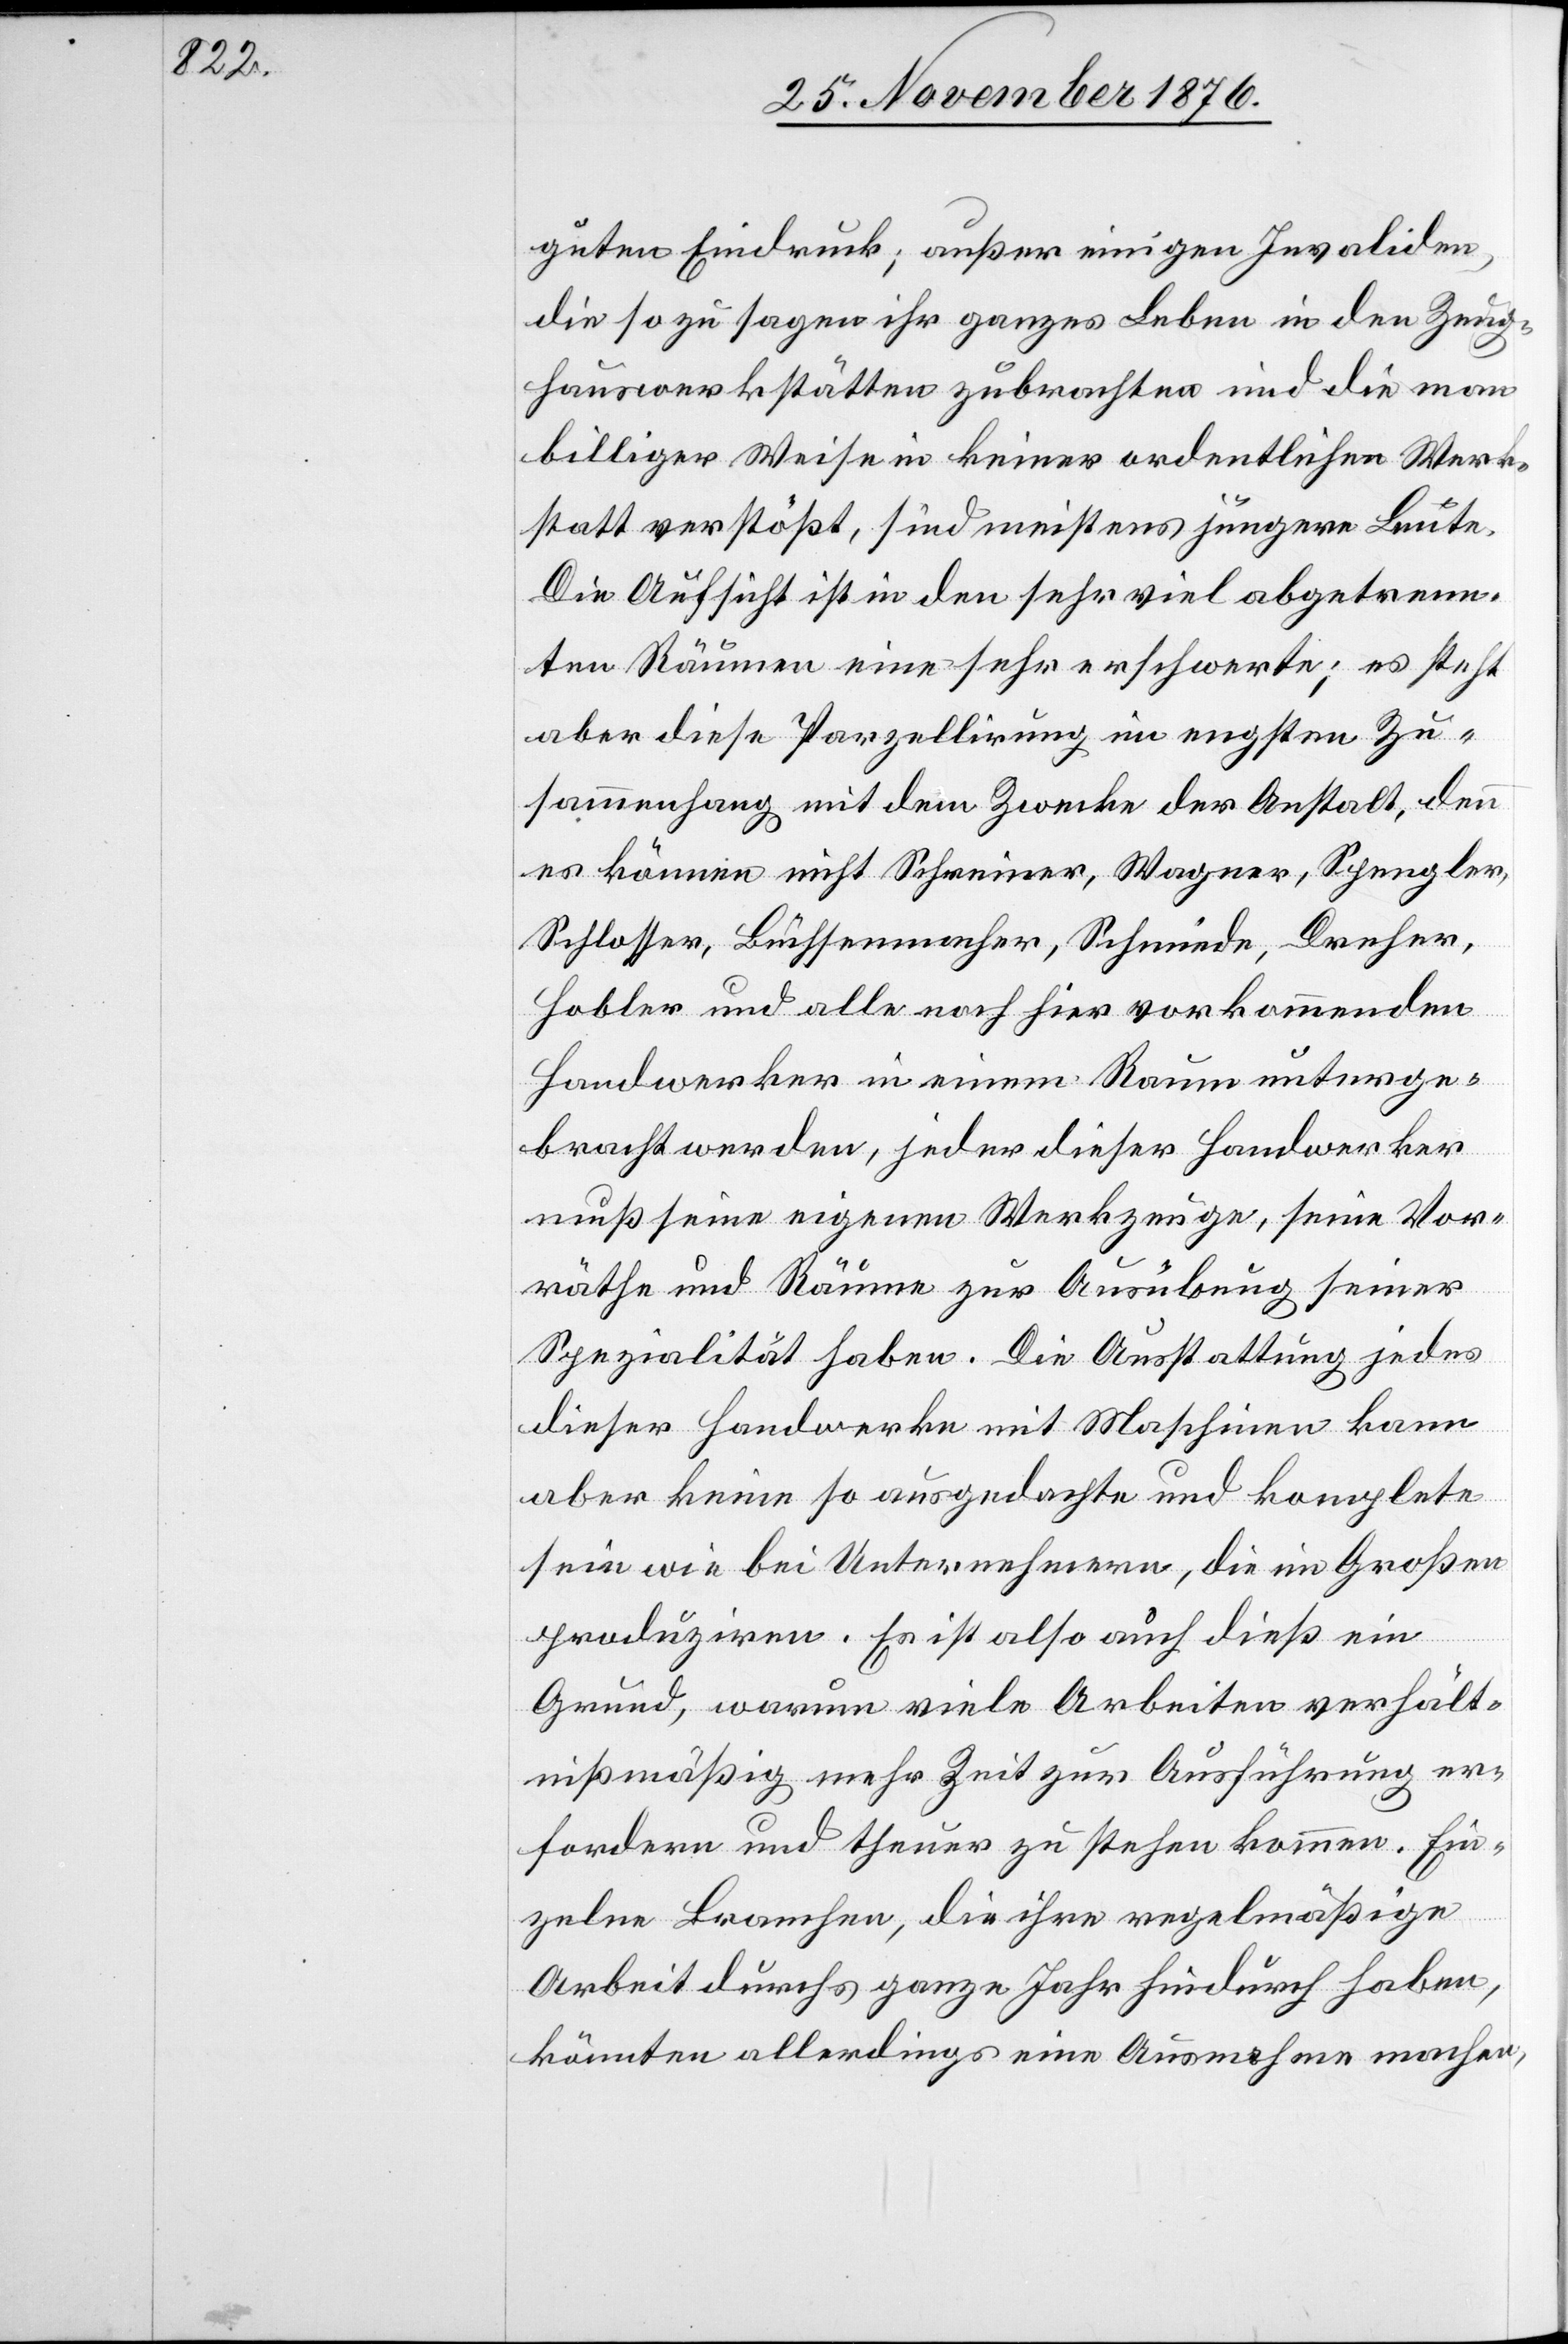
guten Eindruck; außer einigen Invaliden,
die so zu sagen ihr ganzes Leben in den Zeug¬
hauswerkstätten zubrachten und die man
billiger Wiese in keiner ordentlichen Werk¬
statt verstößt, sind [es] meistens jüngere Leute.
Die Aufsicht ist in den sehr viel abgetrenn¬
ten Räumen eine sehr erschwerte; es steht
aber diese Parzellirung im engsten Zu¬
sammenhang mit dem Zwecke der Anstalt, denn
es können nicht Schreiner, Wagner, Spengler,
Schlosser, Büchsenmacher, Schmiede, Dreher,
Hobler und alle noch hier vorkommenden
Handwerker in einem Raum unterge¬
bracht werden, jeder dieser Handwerker
muß seine eigenen Werkzeuge, seine Vor¬
räthe und Räume zur Ausübung seiner
Spezialität haben. Die Ausstattung jedes
dieser Handwerke mit Maschinen kann
aber keine so ausgedachte und komplete
sein wie bei Unternehmen, die im Großen
produziren. Es ist also auch dieß ein
Grund, warum viele Arbeiten verhält¬
nißmäßig mehr Zeit zur Ausführung er¬
fordern und theuer zu stehen kommen. Ein¬
zelne Branchen, die ihre regelmäßige
Arbeit durchs ganze Jahr hindurch haben,
könnten allerdings eine Ausnahme machen,